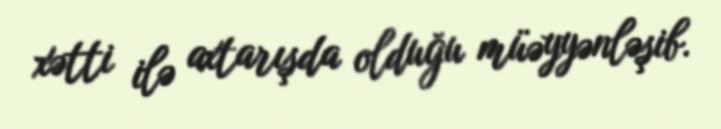
xətti ilə axtarışda olduğu müəyyənləşib.